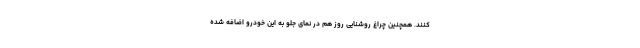
کنند. همچنین چراغ روشنایی روز هم در نمای جلو به این خودرو اضافه شده